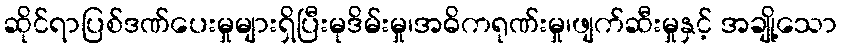
ဆိုင်ရာပြစ်ဒဏ်ပေးမှုများရှိပြီးမုဒိမ်းမှု၊အဓိကရုဏ်းမှု၊ဖျက်ဆီးမှုနှင့် အချို့သော